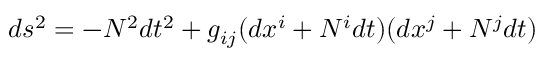
d s ^ { 2 } = - N ^ { 2 } d t ^ { 2 } + g _ { i j } ( d x ^ { i } + N ^ { i } d t ) ( d x ^ { j } + N ^ { j } d t )